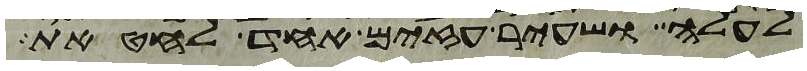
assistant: לעלה ושעיר עזים אחד לחטאת